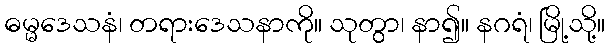
ဓမ္မဒေသနံ၊ တရားဒေသနာကို။ သုတွာ၊ နာ၍။ နဂရံ၊ မြို့သို့။